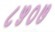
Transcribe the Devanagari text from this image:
८५०७